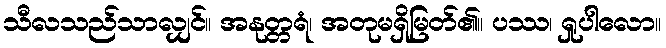
သီလသည်သာလျှင်။ အနုတ္တရံ၊ အတုမရှိမြတ်၏။ ပဿ၊ ရှုပါလော။